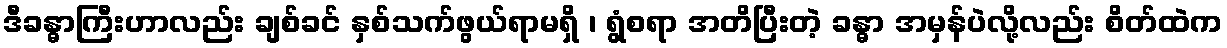
ဒီခန္ဓာကြီးဟာလည်း ချစ်ခင် နှစ်သက်ဖွယ်ရာမရှိ ၊ ရွံစရာ အတိပြီးတဲ့ ခန္ဓာ အမှန်ပဲလို့လည်း စိတ်ထဲက